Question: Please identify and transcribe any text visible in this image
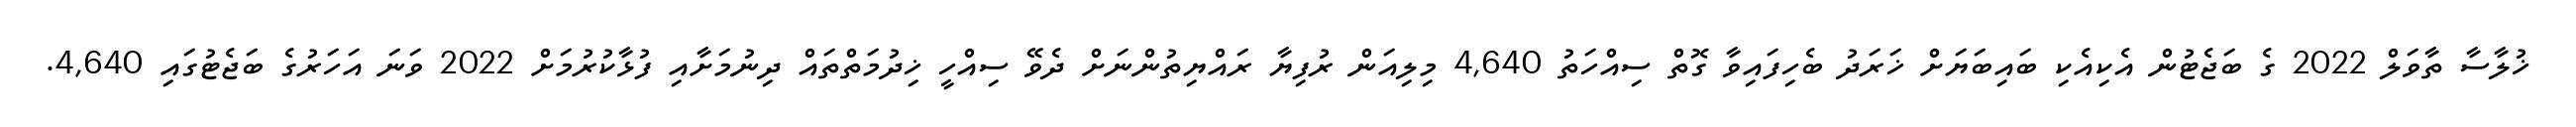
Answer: ޚުލާސާ ތާވަލް 2022 ގެ ބަޖެޓުން އެކިއެކި ބައިބަޔަށް ޚަރަދު ބެހިފައިވާ ގޮތް ސިއްހަތު 4,640 މިލިއަން ރުފިޔާ ރައްޔިތުންނަށް ދެވޭ ސިއްހީ ޚިދުމަތްތައް ދިނުމަށާއި ފުޅާކުރުމަށް 2022 ވަނަ އަހަރުގެ ބަޖެޓުގައި 4,640.